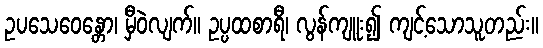
ဥပသေဝေန္တော၊ မှီဝဲလျက်။ ဥပ္ပထစာရီ၊ လွန်ကျူး၍ ကျင့်သောသူတည်း။